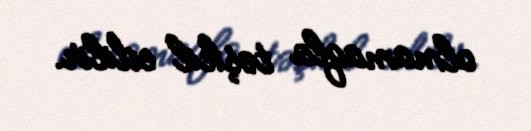
olmamaqla təşkil edilir.